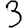
Digit: 3